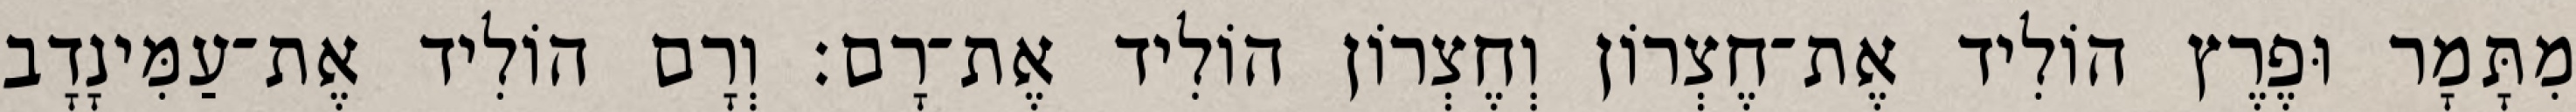
מִתָּמָר וּפֶרֶץ הוֹלִיד אֶת־חֶצְרוֹן וְחֶצְרוֹן הוֹלִיד אֶת־רָם׃ וְרָם הוֹלִיד אֶת־עַמִּינָדָב